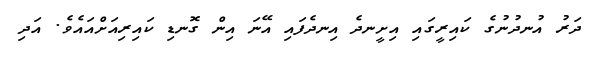
ދަރު އުނދުނުގެ ކައިރީގައި އިށީނދެ އިނދެފައި އޭނަ އިން ގޮނޑި ކައިރިއަށްއައެވެ. އަދި